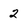
Character: 2